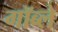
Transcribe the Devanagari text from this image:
गॉब्ले